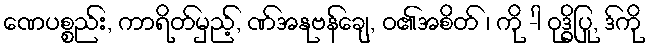
ဏေပစ္စည်း, ကာရိတ်မှည့်, ဏ်အနုဗန်ချေ, ဝ၏အစိတ် ၊ ကို -ါ ဝုဒ္ဓိပြု, ဒ်ကို